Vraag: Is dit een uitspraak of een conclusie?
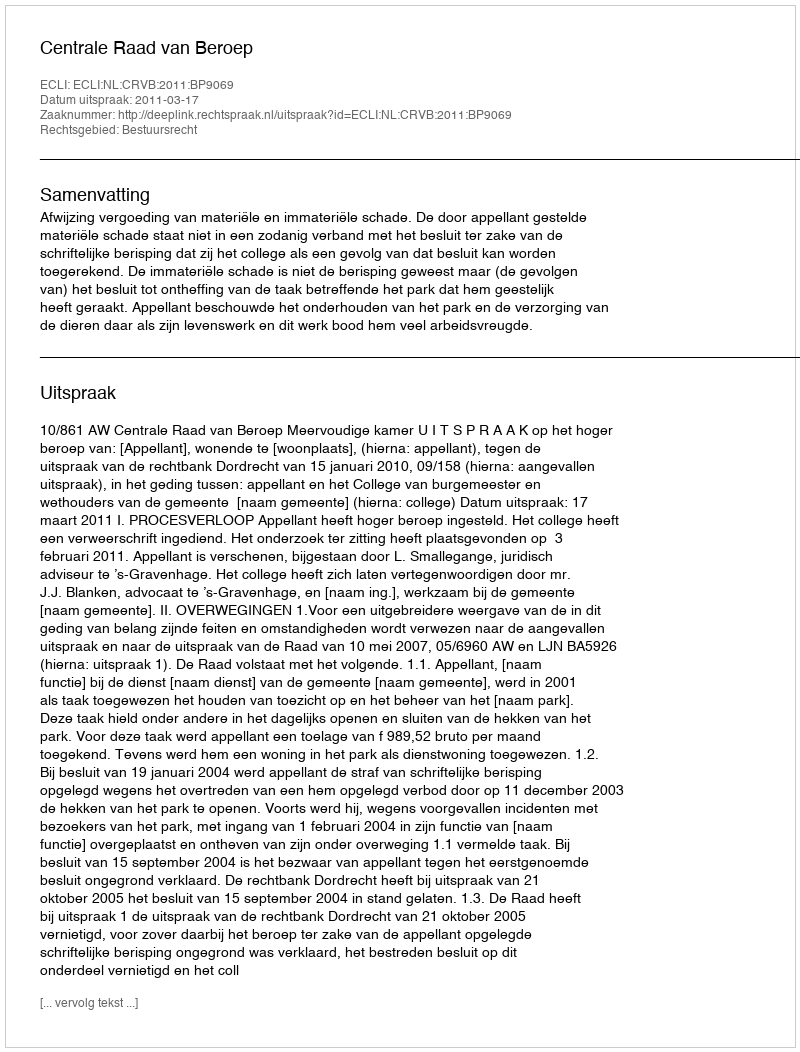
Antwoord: Uitspraak